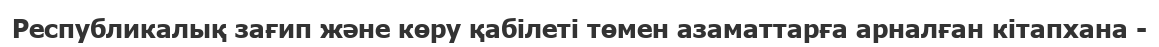
Республикалық зағип және көру қабілеті төмен азаматтарға арналған кітапхана -